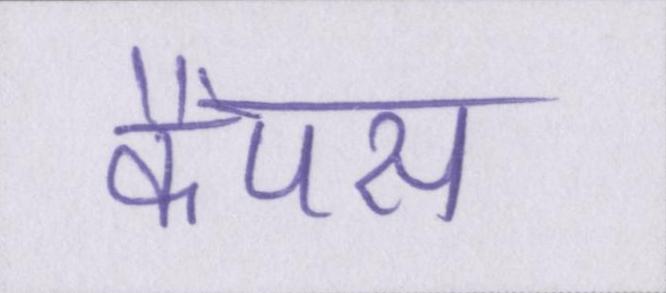
कैंपस